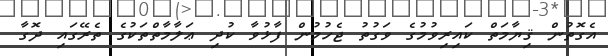
އެގޮތުން ޤިޔާމަތް ކައިރިވުމުގެ ވަގުތު ޖެހުމުން ފާޅުވާ ކުދި ޢަލާމާތްތަކުގެ ތެރޭގައި ދޮގާ